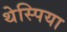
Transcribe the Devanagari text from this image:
थेस्पिया